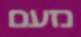
נזעם